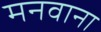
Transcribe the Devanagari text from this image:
मनवाना